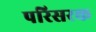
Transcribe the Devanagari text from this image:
परिसरक